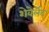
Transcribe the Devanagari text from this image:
शेवेर्लेट